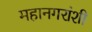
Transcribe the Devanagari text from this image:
महानगरांशी